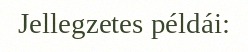
Jellegzetes példái: